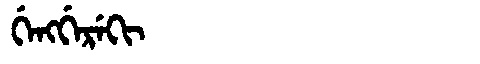
Manchu: ᡤᡝᠩᡤᡝᡵᡝᡴᡳ
Romanization: GENGGEREKI